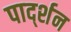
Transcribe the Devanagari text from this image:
पार्द्शन